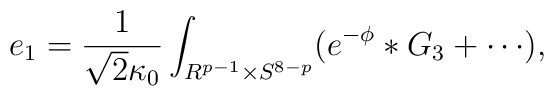
e_1 = \frac{1}{\sqrt{2} \kappa_0} \int_{R^{p - 1}\times S^{8 - p}} (e ^{ - \phi} \ast G_3+ \cdots),